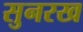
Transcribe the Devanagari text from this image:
सुनरख